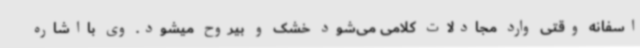
اسفانه وقتی وارد مجادلات کلامی می‌شود خشک و بیروح میشود. وی بااشاره